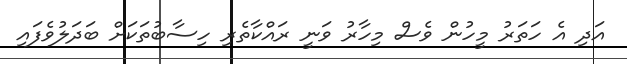
އަދި އެ ހަތަރު މީހުން ވެސް މިހާރު ވަނީ ރައްކާތެރި ހިސާބުތަކަށް ބަދަލުވެފައި